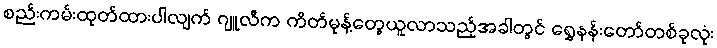
စည်းကမ်းထုတ်ထားပါလျက် ဂျူလီက ကိတ်မုန့်တွေယူလာသည့်အခါတွင် ရွှေနန်းတော်တစ်ခုလုံး